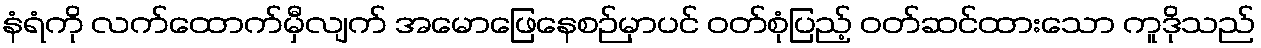
နံရံကို လက်ထောက်မှီလျက် အမောဖြေနေစဉ်မှာပင် ဝတ်စုံပြည့် ဝတ်ဆင်ထားသော ကူဒိုသည်